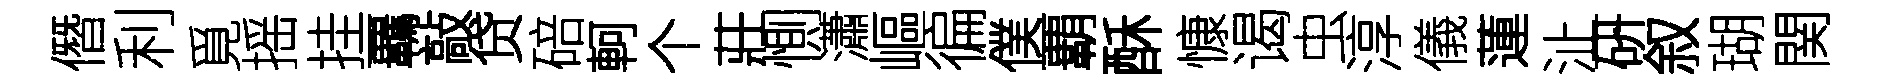
僭利覓摇挂覊敲贷碚軻个莊惻瀟嶇徧僕覇酥慷谒虫淳儀蓮沚硏叙瑚関